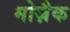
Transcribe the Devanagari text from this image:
मोज़ैक